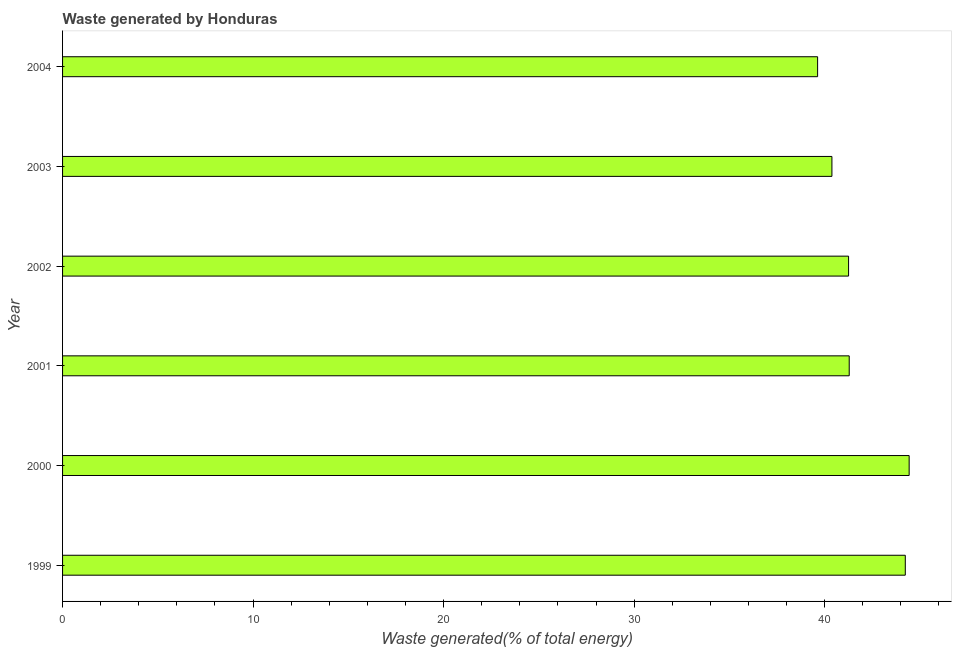
| Year | Combustible renewables and waste (% of total energy) |
 | --- | --- |
 | 1999 | 44.2 |
 | 2000 | 44.4 |
 | 2001 | 41.3 |
 | 2002 | 41.3 |
 | 2003 | 40.4 |
 | 2004 | 39.6 |